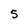
Character: S